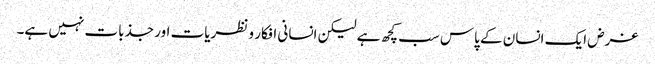
غرض ایک انسان کے پاس سب کچھ ہے لیکن انسانی افکار و نظریات اور جذبات نہیں ہے۔